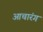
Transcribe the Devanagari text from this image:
आचारंग